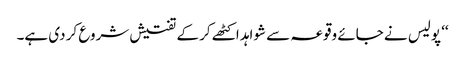
‘‘ پولیس نے جائے وقوعہ سے شواہد اکٹھے کر کے تفتیش شروع کر دی ہے۔